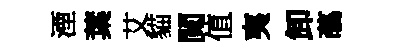
湮葉艾貓閲值夷卸蘤